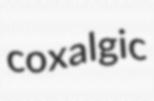
coxalgic